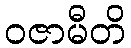
ဝဇာမီတိ